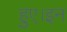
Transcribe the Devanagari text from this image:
हुए।इन